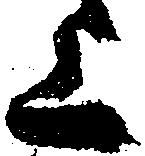
上